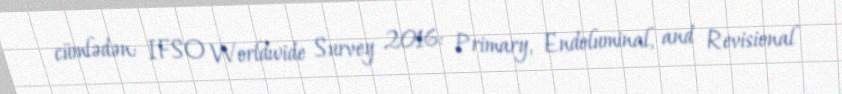
cümlədən: IFSO Worldwide Survey 2016: Primary, Endoluminal, and Revisional